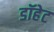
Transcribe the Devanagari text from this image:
डॉहेट